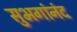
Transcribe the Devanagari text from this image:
सुभगांनंद